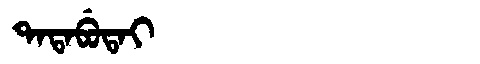
Manchu: ᡨᠠᡨᠠᠪᡠᡨᠠᡳ
Romanization: TATABUTAI